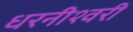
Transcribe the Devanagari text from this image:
धरनीश्वरी